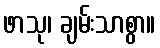
ဖာသု၊ ချမ်းသာစွာ။